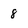
Character: 8